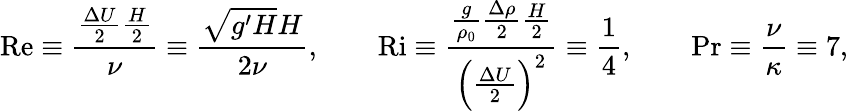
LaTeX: \mathrm{Re}\equiv\frac{\frac{\Delta U}{2}\frac{H}{2}}{\nu}\equiv\frac{\sqrt{g^{\prime}H}H}{2\nu},\qquad\mathrm{Ri}\equiv\frac{\frac{g}{\rho_{0}}\frac{\Delta\rho}{2}\frac{H}{2}}{\Big(\frac{\Delta U}{2}\Big)^{2}}\equiv\frac{1}{4},\qquad\mathrm{Pr}\equiv\frac{\nu}{\kappa}\equiv 7,